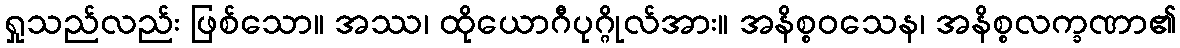
ရှုသည်လည်း ဖြစ်သော။ အဿ၊ ထိုယောဂီပုဂ္ဂိုလ်အား။ အနိစ္စဝသေန၊ အနိစ္စလက္ခဏာ၏